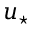
u _ { \star }